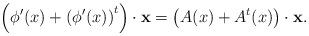
LaTeX: \begin{align*}\left(\phi ^\prime (x) + \left(\phi ^\prime (x)\right)^t\right)\cdot \mathbf x =\left(A(x) + A^t(x)\right)\cdot \mathbf x.\end{align*}